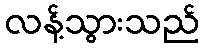
လန့်သွားသည်